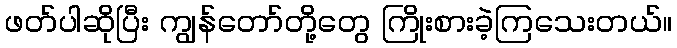
ဖတ်ပါဆိုပြီး ကျွန်တော်တို့တွေ ကြိုးစားခဲ့ကြသေးတယ်။